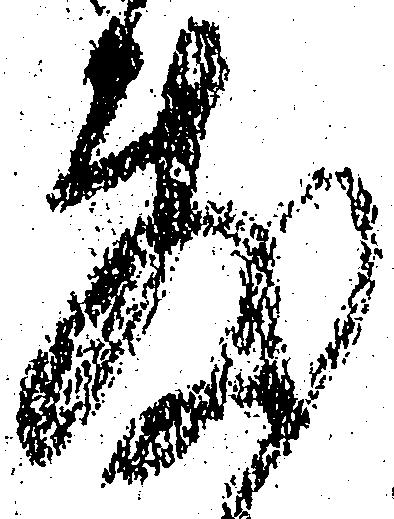
敷